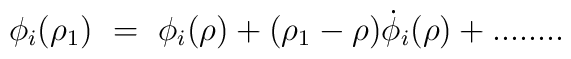
\phi_i(\rho_1)~=~\phi_i(\rho) + (\rho_1 - \rho)\dot{\phi}_i(\rho) + ........